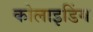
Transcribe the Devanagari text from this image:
कोलाइडिंग